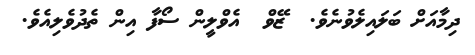
ދިމާއަށް ބަލައިލެވުނެވެ.  ޒޭވް  އެވްލީން ސޯފާ އިން ތެދުވެލިއެވެ.